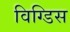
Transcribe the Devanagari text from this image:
विग्डिस